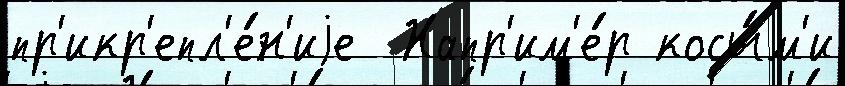
пр'икр'епл'е́н'иjе  Напр'им'е́р косы́м'и